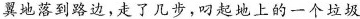
翼地落到路边。走了几步，叼起地上的一个垃圾